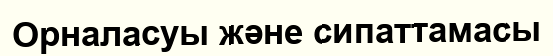
Орналасуы және сипаттамасы